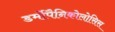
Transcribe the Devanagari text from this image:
डर्मोपैनिकोलोसिस